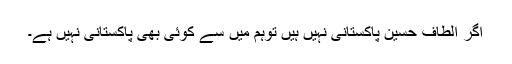
اگر الطاف حسین پاکستانی نہیں ہیں توہم میں سے کوئی بھی پاکستانی نہیں ہے۔